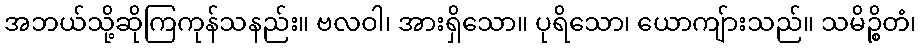
အဘယ်သို့ဆိုကြကုန်သနည်း။ ဗလဝါ၊ အားရှိသော။ ပုရိသော၊ ယောကျ်ားသည်။ သမိဉ္စိတံ၊